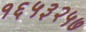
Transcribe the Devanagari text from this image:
१६५३२५७